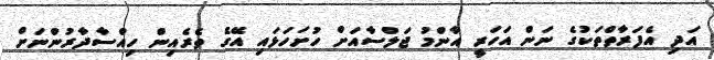
އަދި އެފަރާތްތަކުގެ ނަން އަހަރީ އާންމު ޖަލްސާއަށް ހުށަހަޅައި އޭގެ ތެރެއިން ހިއްސާދާރުންނަށް